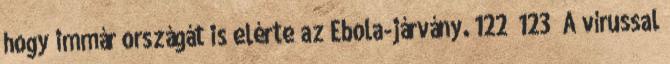
hogy immár országát is elérte az Ebola-járvány. 122 123 A vírussal